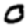
Digit: 0